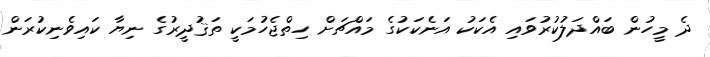
ދެ މީހުން ބައްދަލުކުރުވައި އެކަކު އަނެކަކުގެ މައްޗަށް ހިތްޖެހުމަކީ ތަޤުދީރުގެ ނިޔާ ކައިވެނިކުރަން